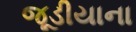
જૂડીયાના